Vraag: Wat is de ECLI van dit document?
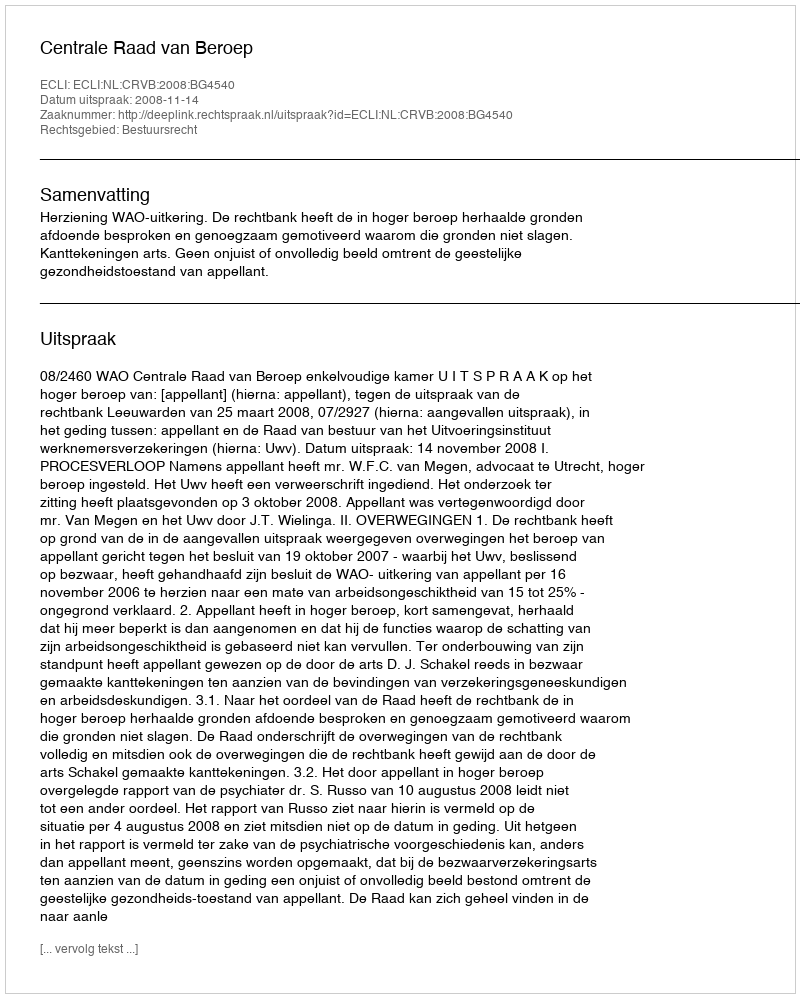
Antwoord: ECLI:NL:CRVB:2008:BG4540